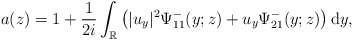
\begin{align*}a(z)=1+\frac{1}{2i} \int_{\mathbb{R}}\left(|u_y|^2 \Psi^-_{11}(y;z)+u_y \Psi^-_{21}(y;z)\right) \mathrm{d}y,\end{align*}